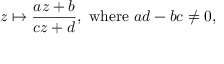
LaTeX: z \mapsto { \frac { a z + b } { c z + d } } , { \mathrm { ~ w h e r e ~ } } a d - b c \neq 0 ,